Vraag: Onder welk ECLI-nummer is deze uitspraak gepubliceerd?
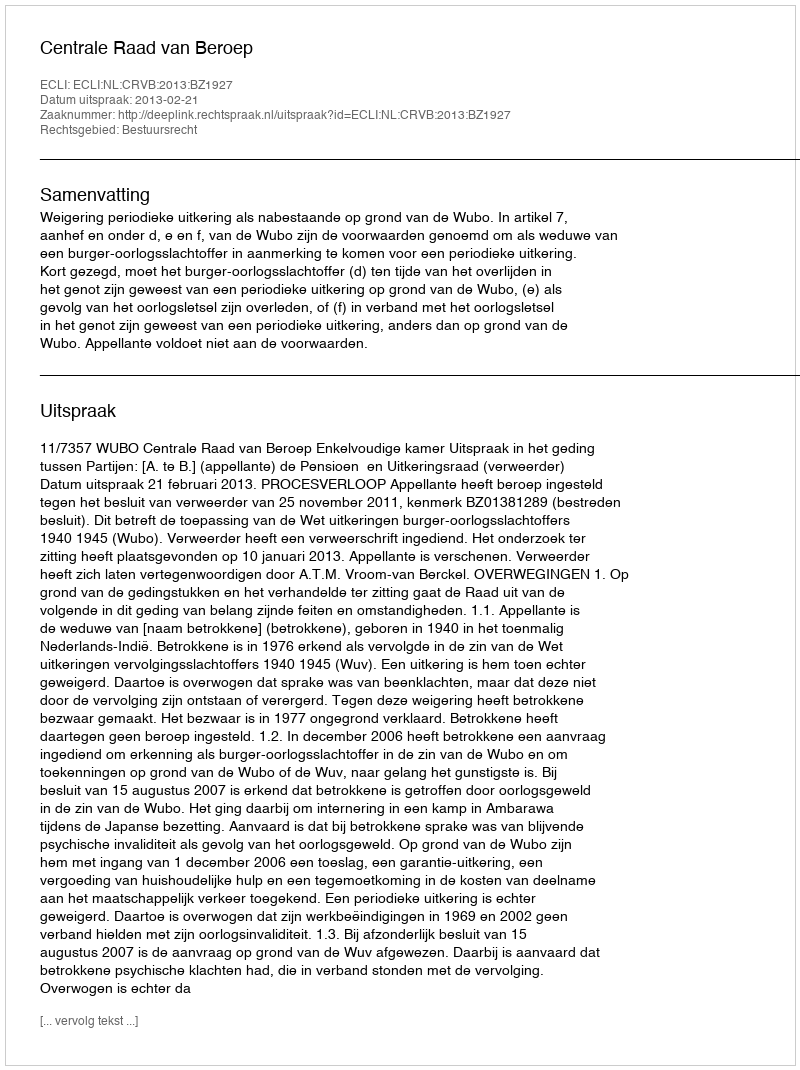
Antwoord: ECLI:NL:CRVB:2013:BZ1927